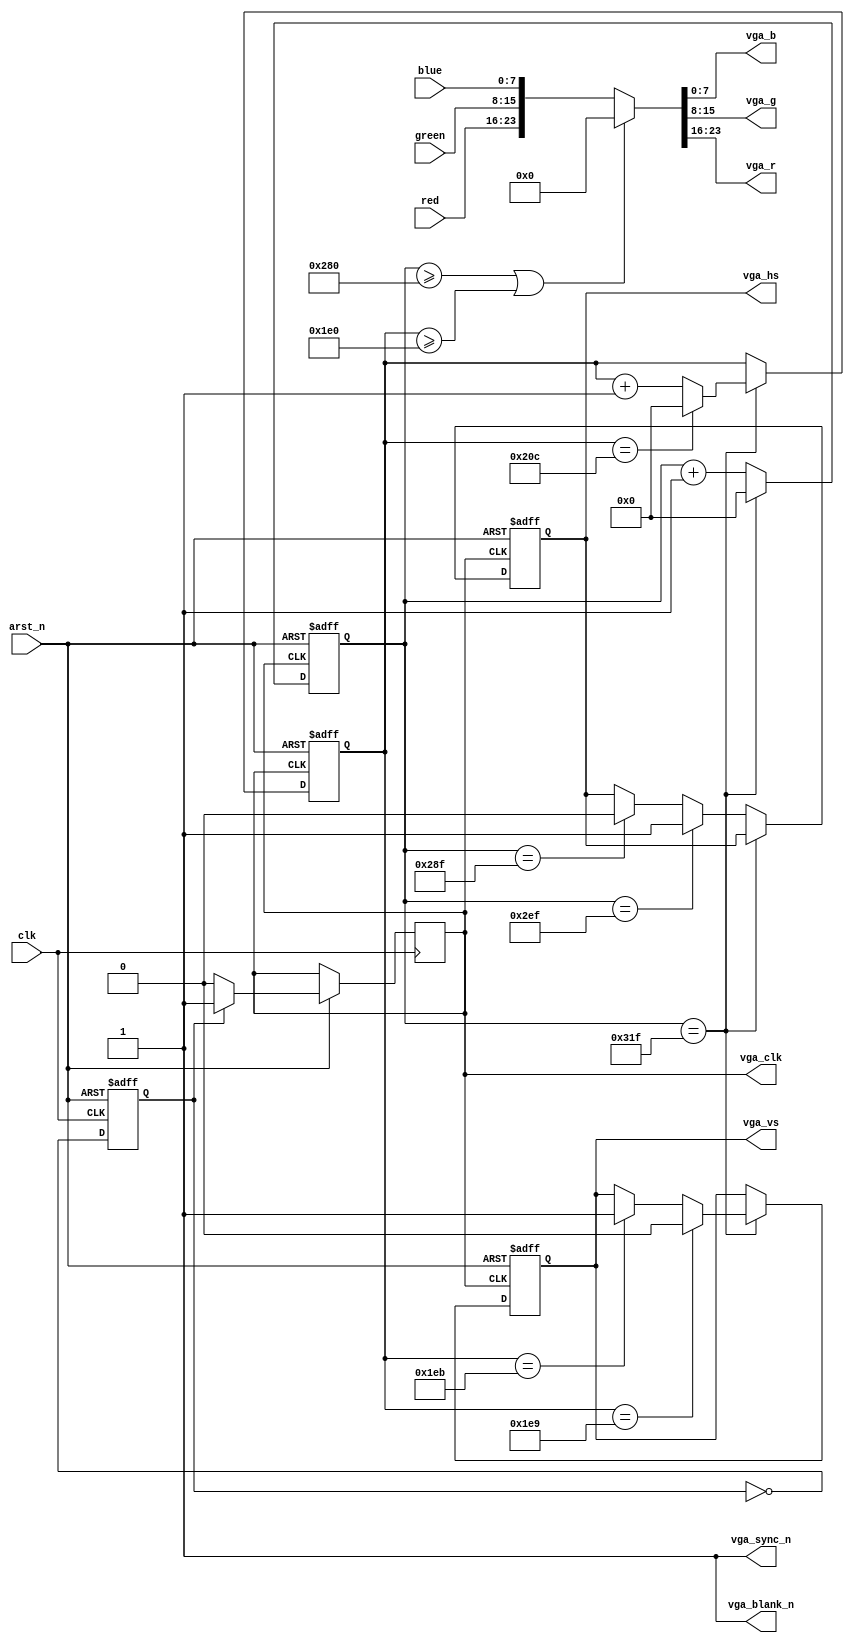
`define INPUT_CLK_F 50000000
`define RES_X 640
`define RES_Y 480
`define REFRESH_R 60
`define V_REF 31469
`define PIXEL_CLK 25000000

module vga(input clk,
	   input	arst_n,
	   input [7:0]	blue,
	   input [7:0]	red,
	   input [7:0]	green,
	   output	vga_blank_n,
	   output [7:0]	vga_b,
	   output [7:0]	vga_g,
	   output [7:0]	vga_r,
	   output reg	vga_clk,
	   output	vga_sync_n,
	   output reg	vga_hs,
	   output reg	vga_vs);

   parameter		x_active_video_length = 10'd640;
   parameter		x_front_porch = 5'd16;
   parameter		x_sync_pulse = 7'd96;
   parameter		x_back_porch = 6'd48;
   parameter		x_whole_line = 10'd800;

   parameter		y_active_video_height = 10'd480;
   parameter		y_front_porch = 4'd10;
   parameter		y_sync_pulse = 2'd2;
   parameter		y_back_porch = 6'd33;
   parameter		y_whole_frame = 10'd525;



   reg			vga_clk_gen;

   reg [9:0]		x_counter;
   reg [9:0]		y_counter;

   always@(posedge clk, negedge arst_n) begin : clock_gen_block
      /* Reset case */
      if (arst_n == 1'b0)
	vga_clk_gen <= 1'b0;
      /* Flip clk gen signal and increment when high - divides clock into two */
      else begin
	 vga_clk_gen <= ~vga_clk_gen;
	 if(vga_clk_gen == 1'b1)
	   vga_clk <= 1'b1;
	 else
	   vga_clk <= 1'b0;
      end // else: !if(rst == 1'b1)
   end

   always@(posedge vga_clk, negedge arst_n) begin : vga_signal_block
      /* Reset case */
      if (arst_n == 1'b0) begin // Reset counters and sync
	 x_counter <= 10'b0;
	 y_counter <= 10'b0;
	 vga_hs <= 1'b1;
	 vga_vs <= 1'b1;
      end
      else begin // increment/reset counters
	 if(x_counter == x_whole_line - 1'b1) begin // If x_counter == whole line, increment y_counter (or reset y_counter if whole frame is reached)
	    x_counter <= 10'd0;
	    y_counter <= (y_counter == y_whole_frame - 1'b1) ? 10'd0 : y_counter + 1'b1;
	    if((y_counter == (y_whole_frame - y_back_porch - y_sync_pulse - 1'b1))) begin
	       vga_vs <= 1'b0;
	    end
	    else if(y_counter == y_whole_frame - y_back_porch - 1'b1) begin
	       vga_vs <= 1'b1;
	    end
	    else
	      vga_vs <= vga_vs;

	 end
	 else begin  // otherwise, increment x_counter
	    x_counter <= x_counter + 1'b1;
	    if(x_counter == x_whole_line - x_back_porch - 1'b1)  // raise sync pulse for back porch 
	      vga_hs <= 1'b1;
	    else if(x_counter == x_whole_line - x_back_porch - x_sync_pulse - 1'b1)  //lower sync pulse
	      vga_hs <= 1'b0;
	    else
	      vga_hs <= vga_hs;

	 end
      end
   end

   assign {vga_r, vga_g, vga_b} = (x_counter >= x_active_video_length || y_counter >= y_active_video_height) ? {8'b0, 8'b0, 8'b0} : {red, green, blue};

   assign vga_blank_n = 1'b1;
   assign vga_sync_n = 1'b1;

endmodule // vga